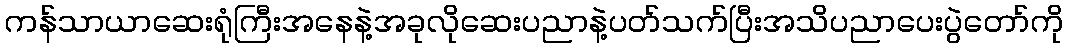
ကန်သာယာဆေးရုံကြီးအနေနဲ့အခုလိုဆေးပညာနဲ့ပတ်သက်ပြီးအသိပညာပေးပွဲတော်ကို